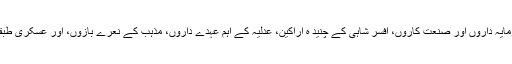
یہ طبقہ جاگیر داروں ، بڑے سرمایہ داروں اور صنعت کاروں، افسر شاہی کے چنید ہ اراکین، عدلیہ کے اہم عہدے داروں، مذہب کے نعرے بازوں، اور عسکری طبقات کے نمائندوں پر مشتمل ہے۔